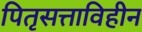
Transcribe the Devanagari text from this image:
पितृसत्ताविहीन